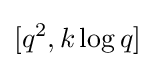
[q^{2},k\log q]